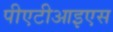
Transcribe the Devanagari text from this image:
पीएटीआइएस